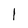
Character: l